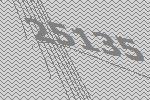
25135